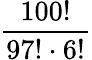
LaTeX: \frac{100!}{97!\cdot 6!}